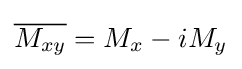
{\overline {M_{xy}}}=M_{x}-iM_{y}